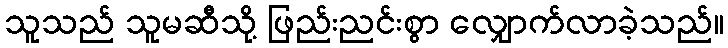
သူသည် သူမဆီသို့ ဖြည်းညင်းစွာ လျှောက်လာခဲ့သည်။